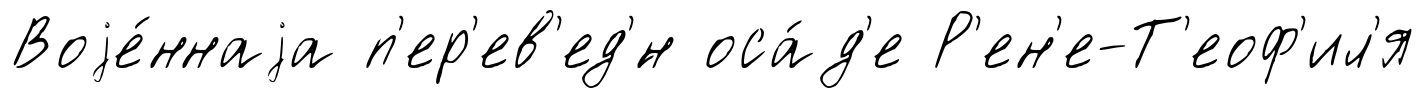
Воjе́ннаjа п'ер'ев'ед'́н оса́д'е Р'ен'е-Т'еоф'ил'я